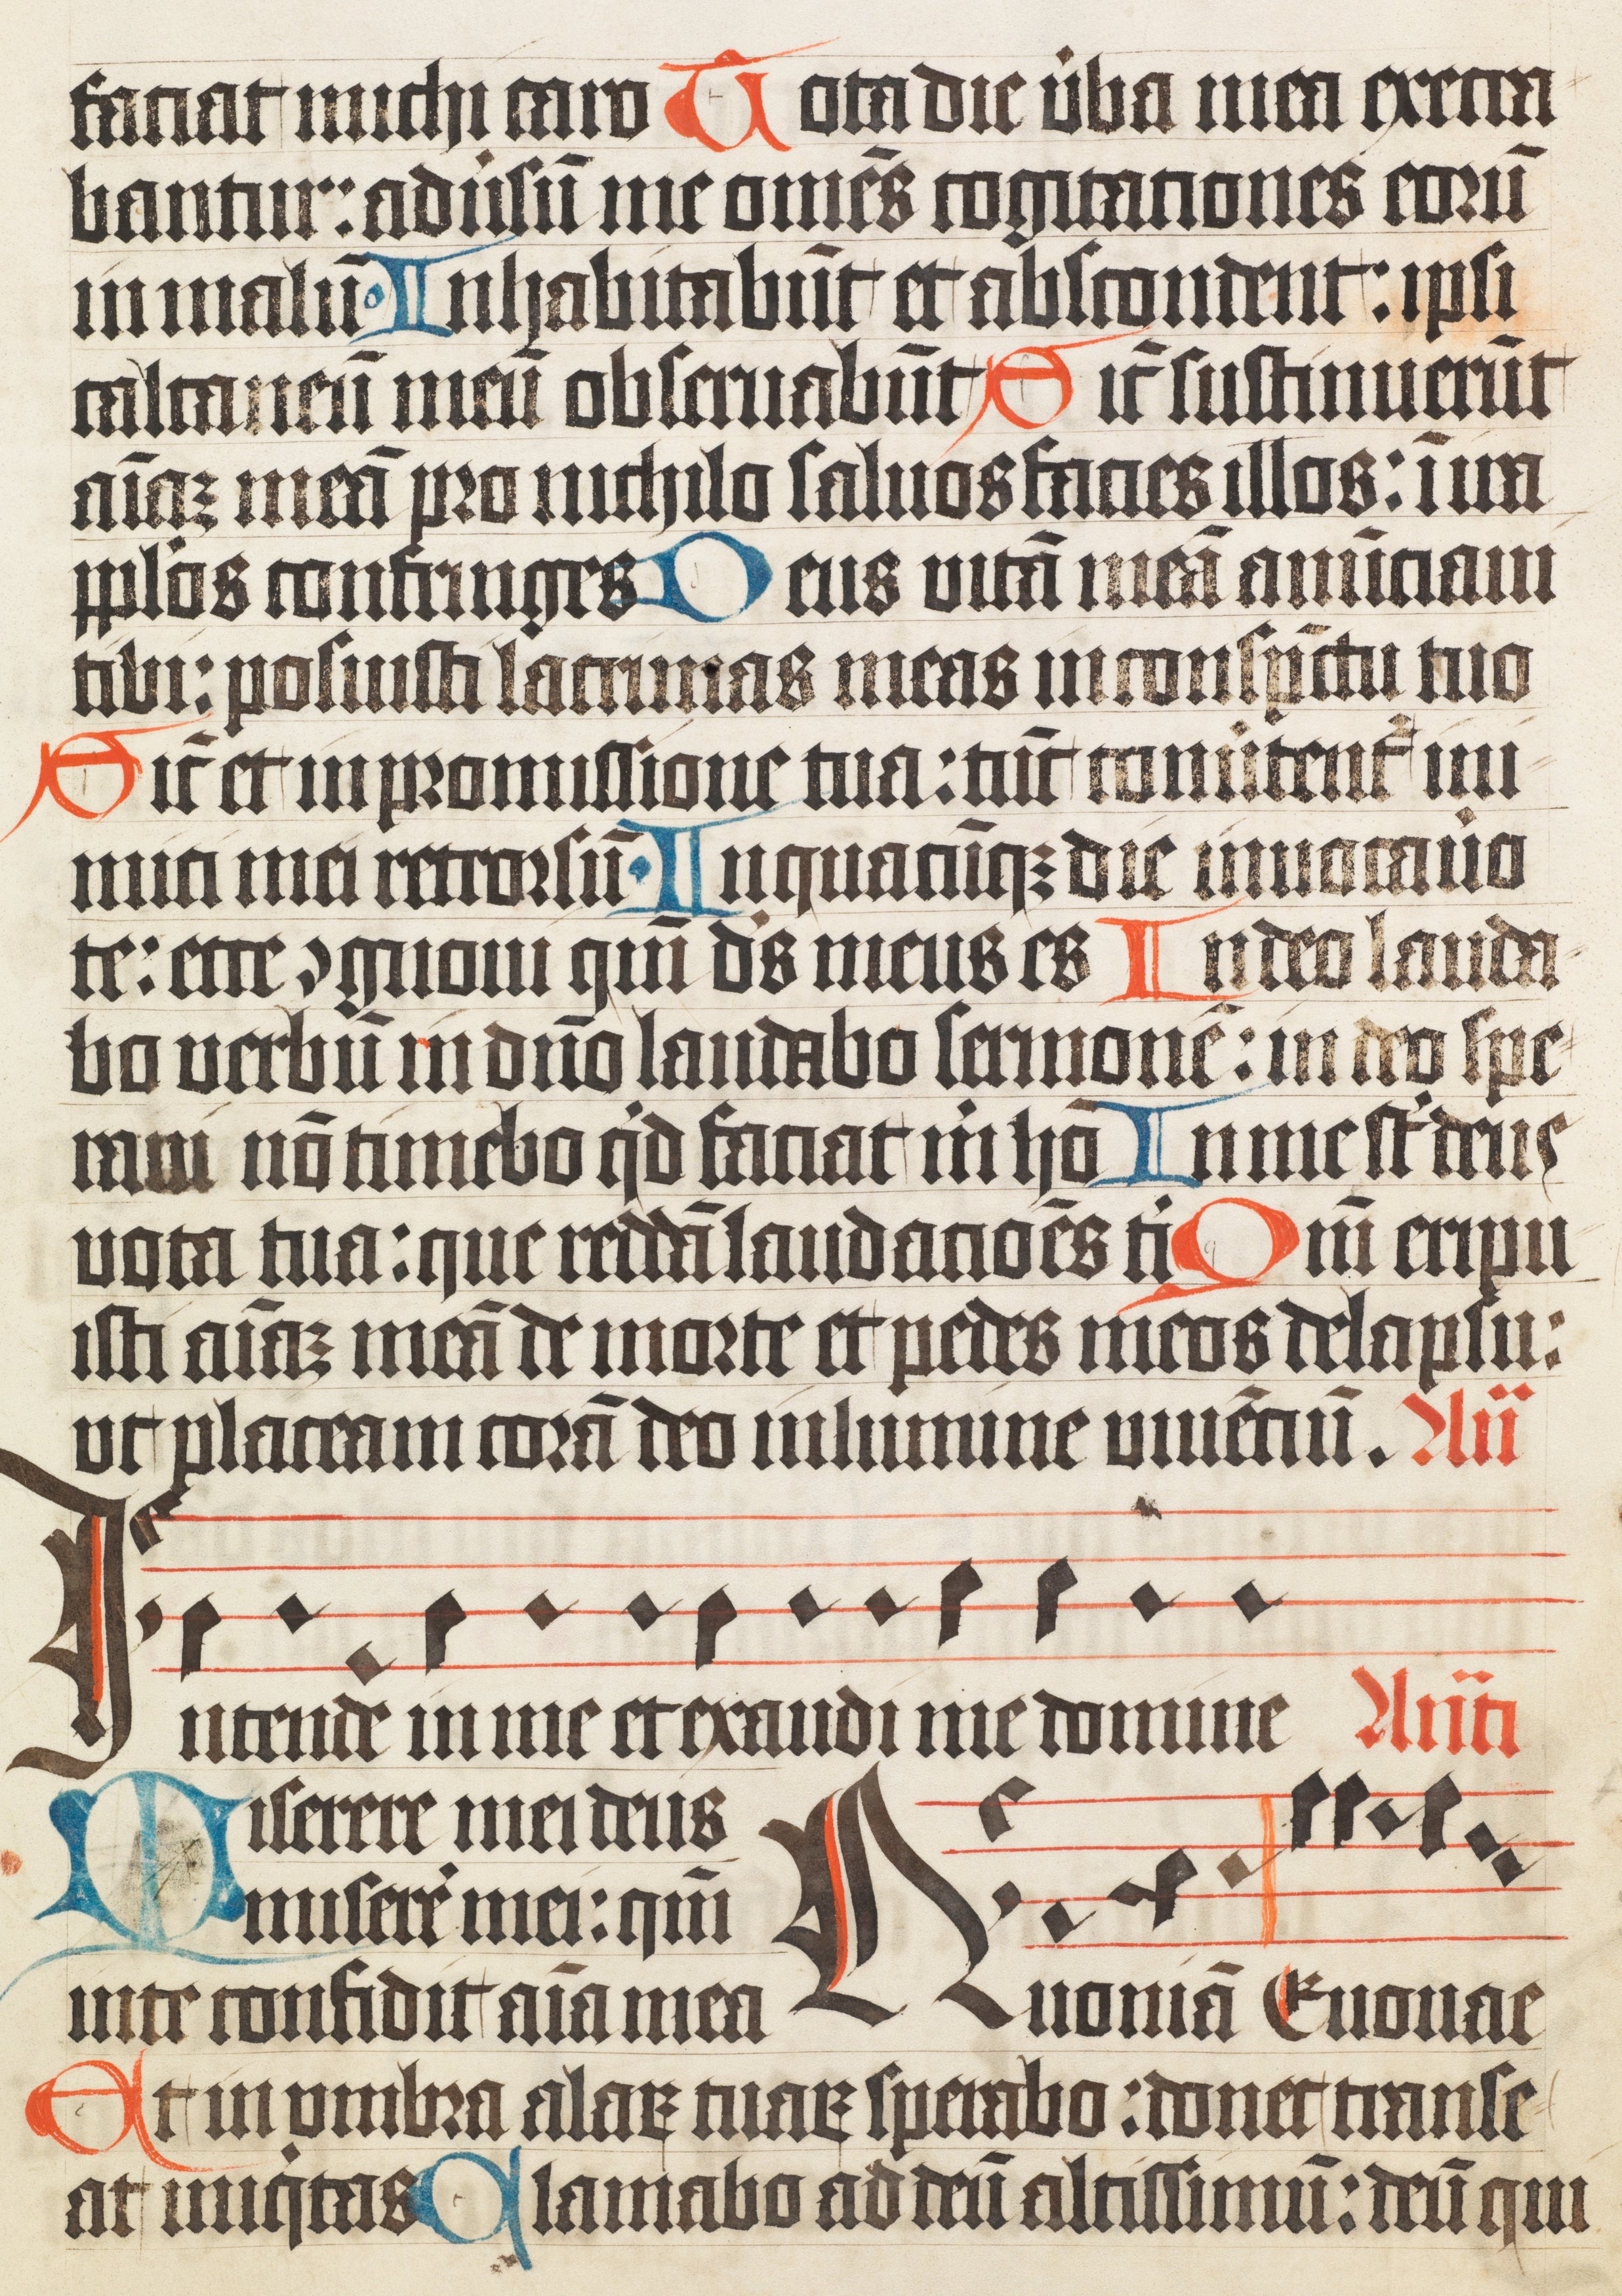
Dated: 1400–1499